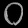
Digit: ၀